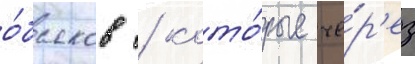
о́бысков / кото́рые че́р'ез